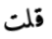
قلت